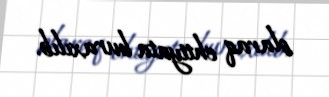
olaraq ehtiyata buraxılıb.